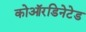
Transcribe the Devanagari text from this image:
कोऑरडिनेटेड